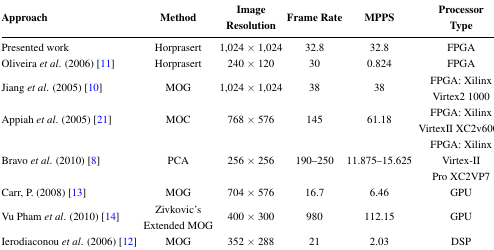
<table><thead><tr><td><b>Approach</b></td><td><b>Method</b></td><td><b>Image Resolution</b></td><td><b>Frame Rate</b></td><td><b>MPPS</b></td><td><b>Processor Type</b></td></tr></thead><tbody><tr><td>Presented work</td><td>Horprasert</td><td>1,024 × 1,024</td><td>32.8</td><td>32.8</td><td>FPGA</td></tr><tr><td>Oliveira <i>et al</i>. (2006) [11]</td><td>Horprasert</td><td>240 × 120</td><td>30</td><td>0.824</td><td>FPGA</td></tr><tr><td>Jiang <i>et al</i>. (2005) [10]</td><td>MOG</td><td>1,024 × 1,024</td><td>38</td><td>38</td><td>FPGA: Xilinx Virtex2 1000</td></tr><tr><td>Appiah <i>et al</i>. (2005) [21]</td><td>MOC</td><td>768 × 576</td><td>145</td><td>61.18</td><td>FPGA: Xilinx VirtexII XC2v6000</td></tr><tr><td>Bravo <i>et al</i>. (2010) [8]</td><td>PCA</td><td>256 × 256</td><td>190–250</td><td>11.875–15.625</td><td>FPGA: Xilinx Virtex-II Pro XC2VP7</td></tr><tr><td>Carr, P. (2008) [13]</td><td>MOG</td><td>704 × 576</td><td>16.7</td><td>6.46</td><td>GPU</td></tr><tr><td>Vu Pham <i>et al</i>. (2010) [14]</td><td>Zivkovic’s Extended MOG</td><td>400 × 300</td><td>980</td><td>112.15</td><td>GPU</td></tr><tr><td>Ierodiaconou <i>et al</i>. (2006) [12]</td><td>MOG</td><td>352 × 288</td><td>21</td><td>2.03</td><td>DSP</td></tr></tbody></table>